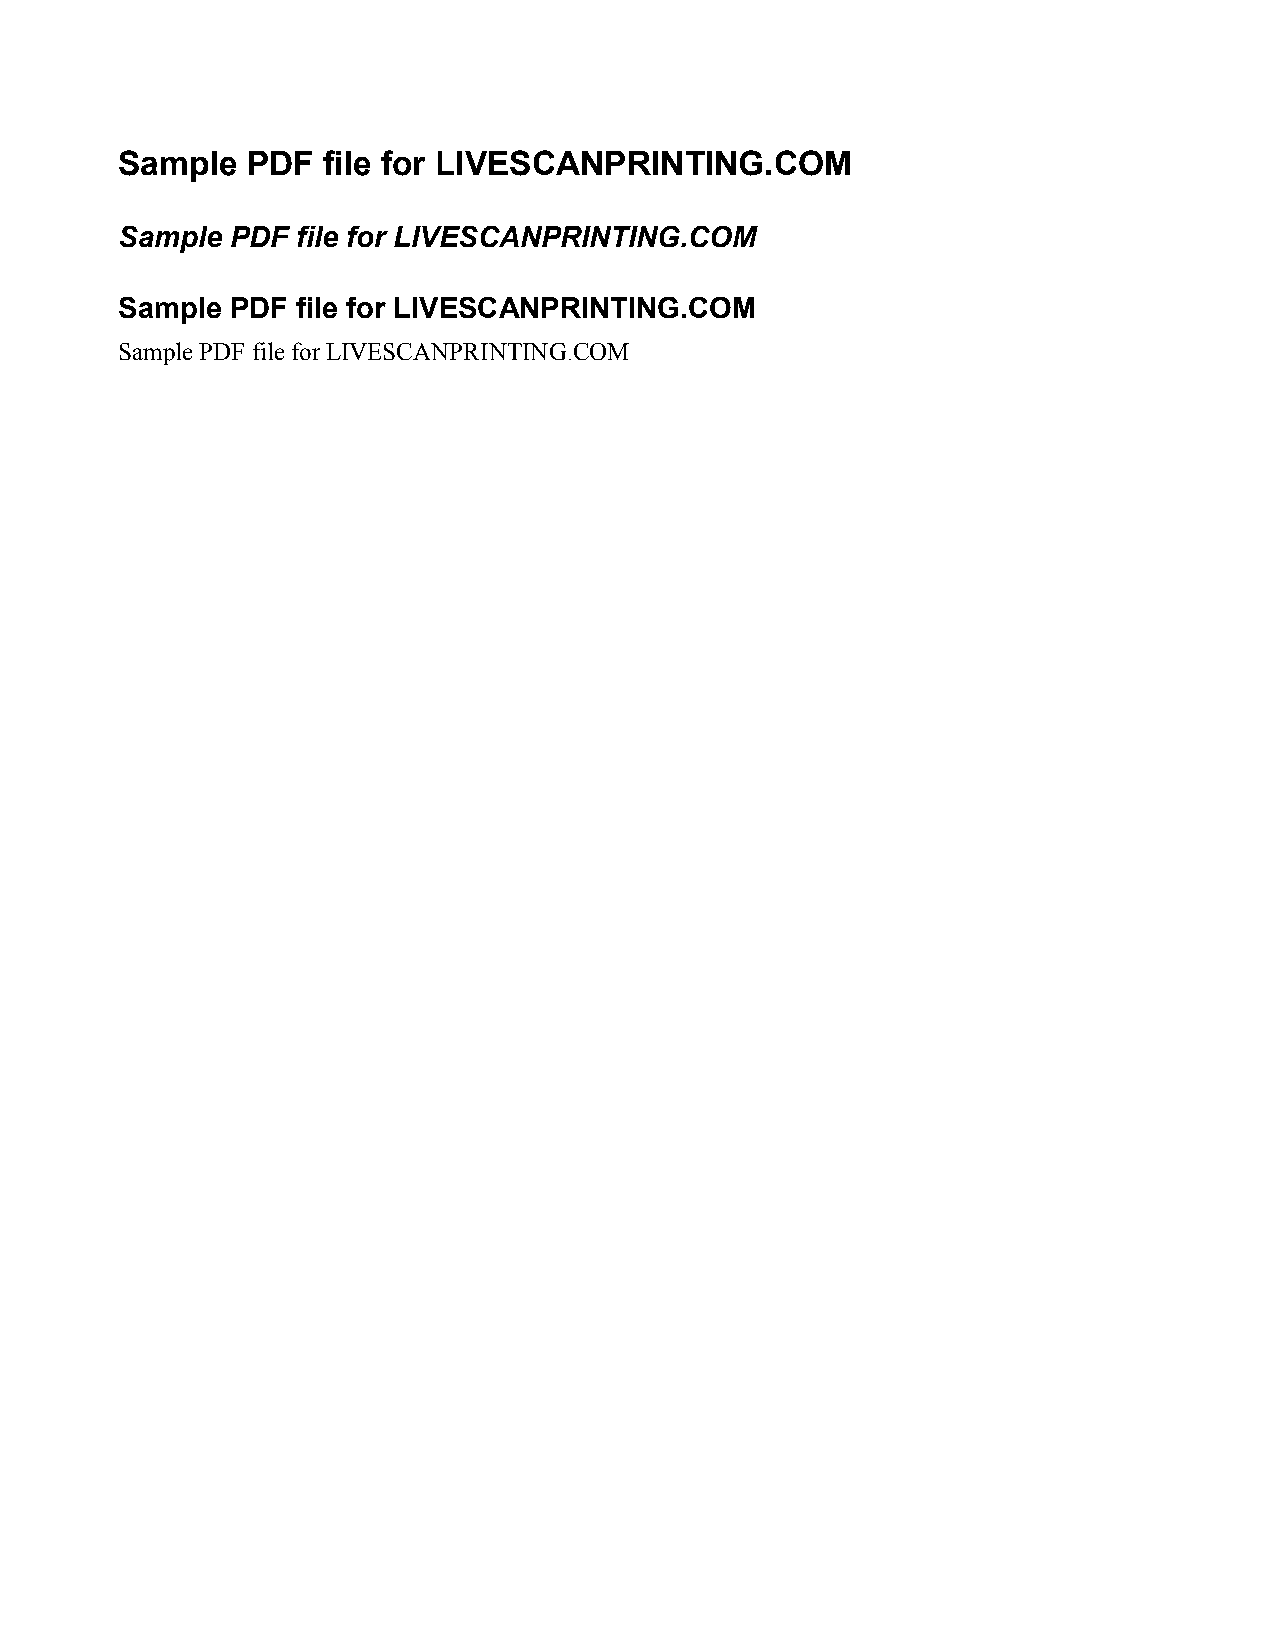
Sample  PDF  file for LIVESCANPRINTING.COM
 Sample PDF  file for LIVESCANPRINTING.COM
 Sample PDF  file for LIVESCANPRINTING.COM
 Sample PDF file for LIVESCANPRINTING.COM